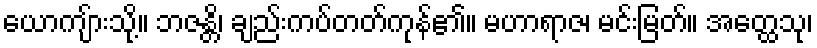
ယောကျ်ားသို့။ ဘဇန္တိ၊ ချည်းကပ်တတ်ကုန်၏။ မဟာရာဇ၊ မင်းမြတ်။ အတ္ထေသု၊